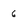
Character: 6